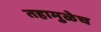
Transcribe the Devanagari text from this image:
तहामुळेच